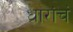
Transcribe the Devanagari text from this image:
धारांचं